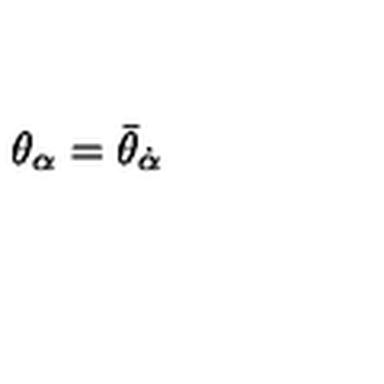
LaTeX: \theta _ { \alpha } = \bar { \theta } _ { \dot { \alpha } }